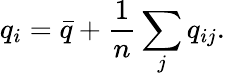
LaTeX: q_{i}={\bar{q}}+\frac{1}{n}\sum_{j}q_{ij}.